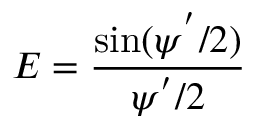
E = { \frac { \sin ( \psi ^ { ' } / 2 ) } { \psi ^ { ' } / 2 } }